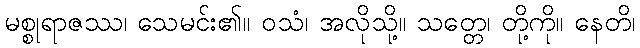
မစ္စုရာဇဿ၊ သေမင်း၏။ ဝသံ၊ အလိုသို့။ သတ္တေ၊ တို့ကို။ နေတိ၊